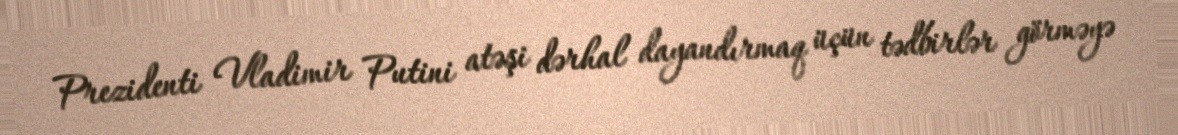
Prezidenti Vladimir Putini atəşi dərhal dayandırmaq üçün tədbirlər görməyə